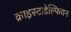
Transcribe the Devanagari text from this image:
क्राइस्टाडेल्फियन